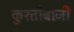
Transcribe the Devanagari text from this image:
कुश्तीबाजी